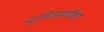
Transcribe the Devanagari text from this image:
दूरचित्रवणीवर